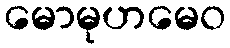
မောမုဟမေဝ